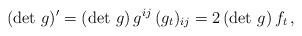
LaTeX: \begin{align*} (\det \, g)' = (\det \, g) \, g^{ij} \, (g_t)_{ij} = 2\, (\det \, g) \, f_t \, ,\end{align*}